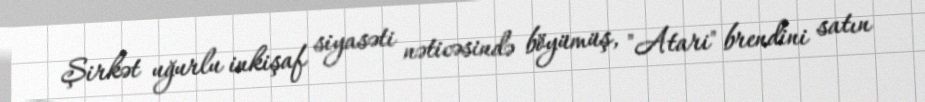
Şirkət uğurlu inkişaf siyasəti nəticəsində böyümüş, "Atari" brendini satın